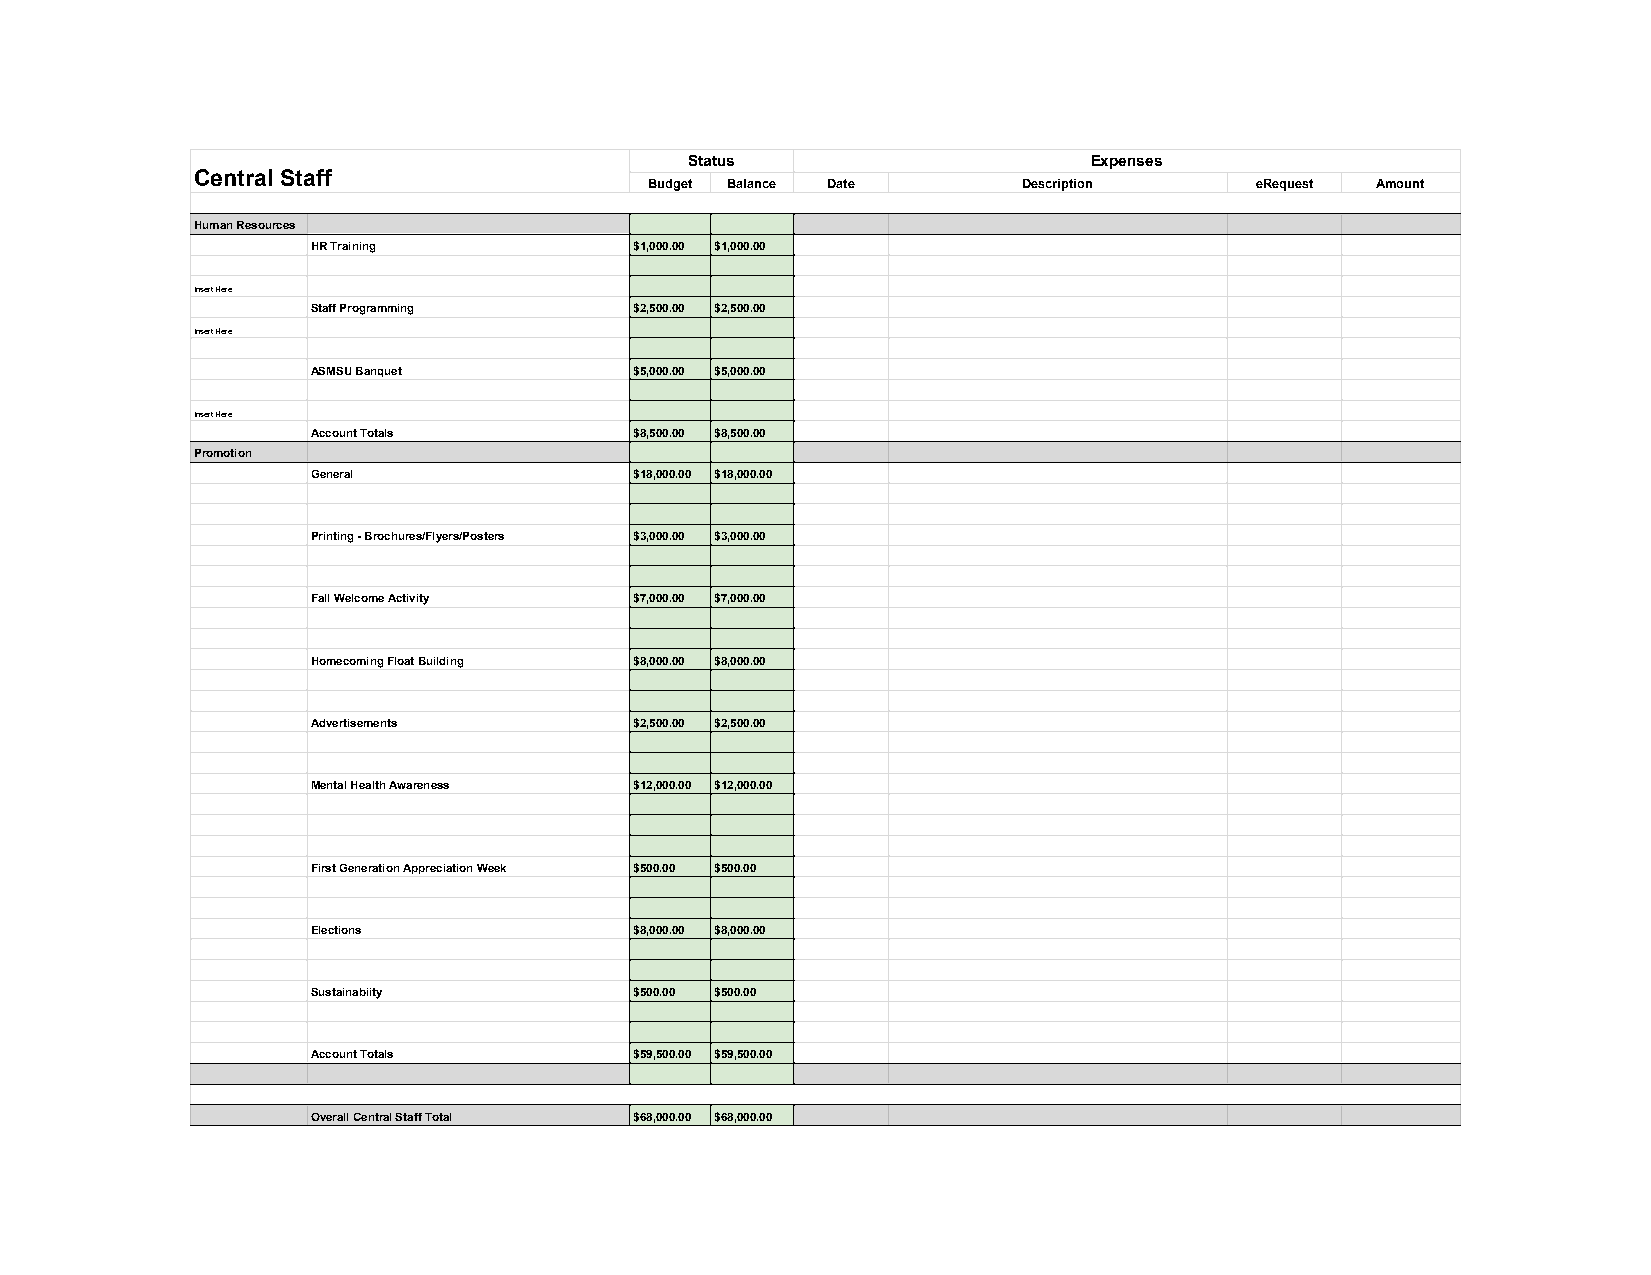
Status                    Expenses
 Central Staff
 Budget Balance Date      Description    eRequest Amount
 Human Resources
 HR Training          $1,000.00 $1,000.00
 Insert Here
 Staff Programming    $2,500.00 $2,500.00
 Insert Here
 ASMSU Banquet        $5,000.00 $5,000.00
 Insert Here
 Account Totals       $8,500.00 $8,500.00
 Promotion
 General              $18,000.00 $18,000.00
 Printing - Brochures/Flyers/Posters $3,000.00 $3,000.00
 Fall Welcome Activity $7,000.00 $7,000.00
 Homecoming Float Building $8,000.00 $8,000.00
 Advertisements       $2,500.00 $2,500.00
 Mental Health Awareness $12,000.00 $12,000.00
 First Generation Appreciation Week $500.00 $500.00
 Elections            $8,000.00 $8,000.00
 Sustainabiity        $500.00 $500.00
 Account Totals       $59,500.00 $59,500.00
 Overall Central Staff Total $68,000.00 $68,000.00